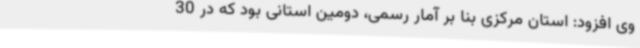
وی افزود: استان مرکزی بنا بر آمار رسمی، دومین استانی بود که در 30